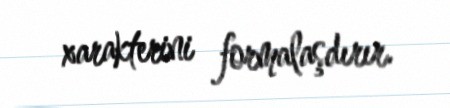
xarakterini formalaşdırır.